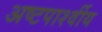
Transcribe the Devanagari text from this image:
अष्टपार्श्वीय